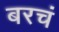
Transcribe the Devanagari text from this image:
बरचं